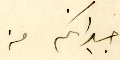
جيرانكم من